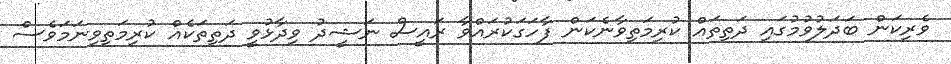
ވެރިކަން ބަދަލުވުމުގައި ދަތިތައް ކުރިމަތިވާނެކަން ފާހަގަކުރައްވާ ރައީސް ނަޝީދު ވިދާޅުވީ ދަތިތަކެއް ކުރިމަތިވިނަމަވެސް